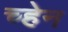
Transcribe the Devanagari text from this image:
च्हेन